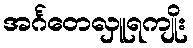
အင်္ဂတေလှူရကျိုး